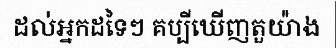
ដល់អ្នកដទៃៗ គប្បីឃើញតួយ៉ាង